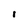
Character: l